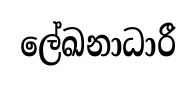
ලේඛනාධාරී